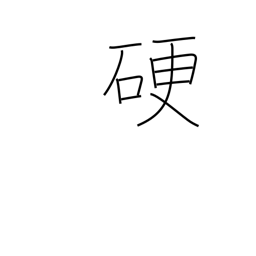
Meaning: hard